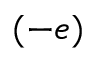
( - e )